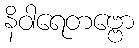
နိဝါရေတဗ္ဗော